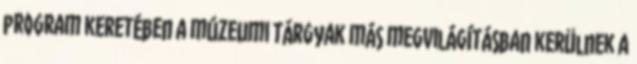
program keretében a múzeumi tárgyak más megvilágításban kerülnek a